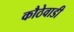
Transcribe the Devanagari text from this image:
कौठेवाडी